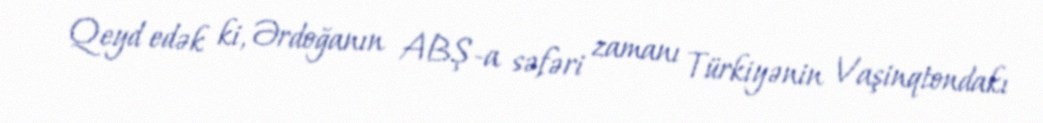
Qeyd edək ki, Ərdoğanın ABŞ-a səfəri zamanı Türkiyənin Vaşinqtondakı